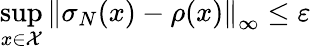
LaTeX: \underset{x\in{\cal{X}}}{\operatorname*{sup}}\left\| \sigma_{N}(x)-\rho(x)\right\| _{\infty}\le\varepsilon